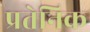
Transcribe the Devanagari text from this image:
प्रतेनिक